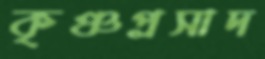
কৃঞ্চপ্রসাদ